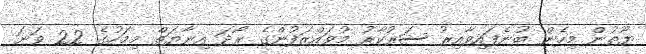
ޔޫތުން މިހެން ބުނެފައިވާއިރު ސަރުކާރު މުވައްޒަފުންގެ ރޯދަ އިނާޔަތް މިމަހުގެ 22 ވަނަ